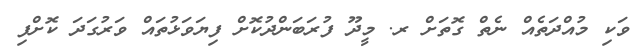
ވަކި މުއްދަތެއް ނެތް ގޮތަށް ރ. މީދޫ ފުރަބަންދުކޮށް ފިޔަވަޅުތައް ވަރުގަދަ ކޮށްފި